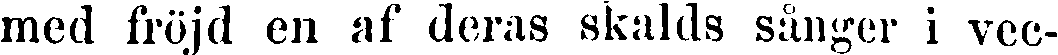
med fröjd en af deras skalds sånger i vec-